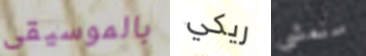
بالموسيقى ريكي سنمشي